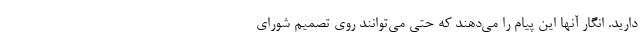
دارید. انگار آنها این پیام را می‌دهند که حتی می‌توانند روی تصمیم شورای